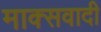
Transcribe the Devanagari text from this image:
माक्सवादी